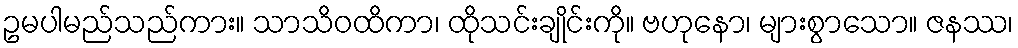
ဥမပါမည်သည်ကား။ သာသိဝထိကာ၊ ထိုသင်းချိုင်းကို။ ဗဟုနော၊ များစွာသော။ ဇနဿ၊